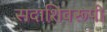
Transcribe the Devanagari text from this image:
सदाशिवरूपी